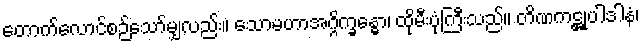
တောက်လောင်စဉ်သော်မျှလည်း။ သောမဟာအဂ္ဂိက္ခန္ဓော၊ ထိုမီးပုံကြီးသည်။ တိဏကဋ္ဌုပါဒါနံ၊